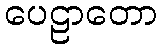
ပေဠာတော